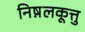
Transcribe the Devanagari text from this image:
निष़लकूत्तु